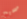
صحيح